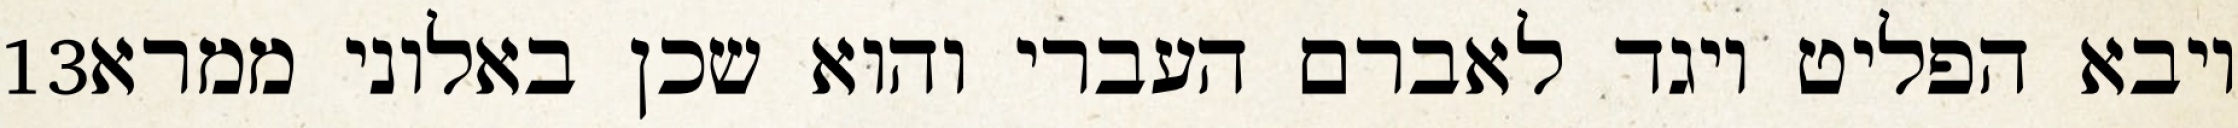
‎13‏ ויבא הפליט ויגד לאברם העברי והוא שכן באלוני ממרא